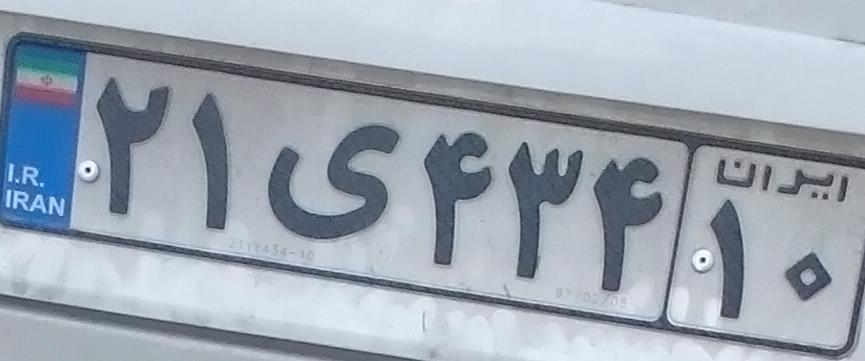
۲۱ی۴۳۴۱۰